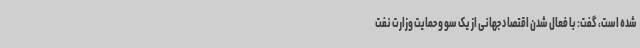
شده است، گفت: با فعال شدن اقتصاد جهانی از یک سو و حمایت وزارت نفت